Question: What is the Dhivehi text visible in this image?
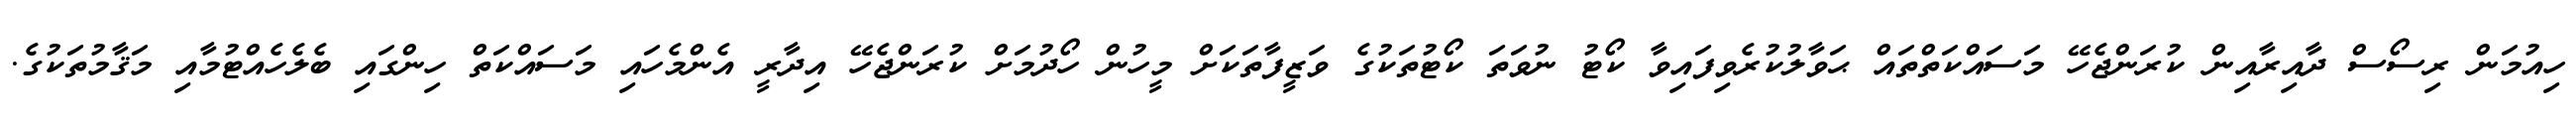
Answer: ހިއުމަން ރިސޯސް ދާއިރާއިން ކުރަންޖެހޭ މަސައްކަތްތައް ޙަވާލުކުރެވިފައިވާ ކޯޓު ނުވަތަ ކޯޓުތަކުގެ ވަޒީފާތަކަށް މީހުން ހޯދުމަށް ކުރަންޖެހޭ އިދާރީ އެންމެހައި މަސައްކަތް ހިންގައި ބެލެހެއްޓުމާއި މަޤާމުތަކުގެ.